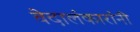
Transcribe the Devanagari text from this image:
वेदालंकारांनी